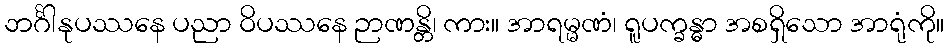
ဘင်္ဂါနုပဿနေ ပညာ ဝိပဿနေ ဉာဏန္တိ၊ ကား။ အာရမ္မဏံ၊ ရူပက္ခန္ဓာ အစရှိသော အာရုံကို။